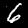
Label: 6